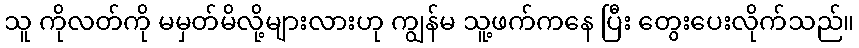
သူ ကိုလတ်ကို မမှတ်မိလို့များလားဟု ကျွန်မ သူ့ဖက်ကနေ ပြီး တွေးပေးလိုက်သည်။